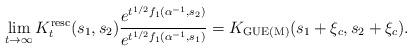
LaTeX: \begin{align*}\lim_{t\to\infty} K^{\rm resc}_t(s_1,s_2) \frac{e^{t^{1/2} f_1(\alpha^{-1},s_2)}}{e^{t^{1/2} f_1(\alpha^{-1},s_1)}} = K_{\rm GUE(M)}(s_1+\xi_c,s_2+\xi_c).\end{align*}